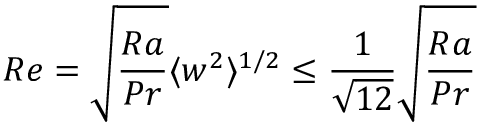
R e = \sqrt { \frac { R a } { P r } } \langle w ^ { 2 } \rangle ^ { 1 / 2 } \leq \frac { 1 } { \sqrt { 1 2 } } \sqrt { \frac { R a } { P r } }